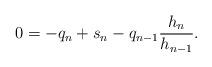
LaTeX: \begin{align*}0=-q_{n}+s_n -q_{n-1}\frac{h_{n}}{h_{n-1}} .\end{align*}